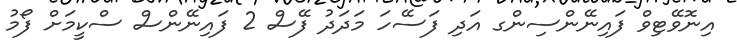
އިނޮވޭޓިވް ފައިނޭންސިންގ އަދި ފަސޭހަ މަދަދު ފޭސް 2 ފައިނޭންސް ސްކީމަށް ފޯމު